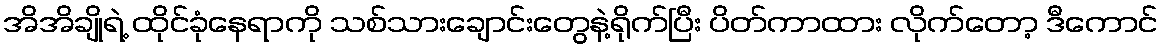
အိအိချိုရဲ့ ထိုင်ခုံနေရာကို သစ်သားချောင်းတွေနဲ့ရိုက်ပြီး ပိတ်ကာထား လိုက်တော့ ဒီကောင်